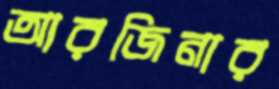
আরজিনার